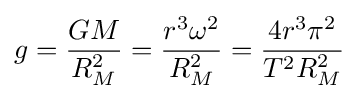
g={\frac {GM}{R_{M}^{2}}}={\frac {r^{3}\omega ^{2}}{R_{M}^{2}}}={\frac {4r^{3}\pi ^{2}}{T^{2}R_{M}^{2}}}